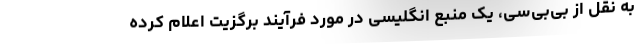
به نقل از بی‌بی‌سی، یک منبع انگلیسی در مورد فرآیند برگزیت اعلام کرده